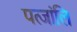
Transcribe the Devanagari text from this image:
पत्जांलि